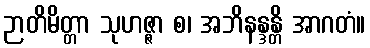
ဉာတိမိတ္တာ သုဟဇ္ဇာ စ၊ အဘိနန္ဒန္တိ အာဂတံ။